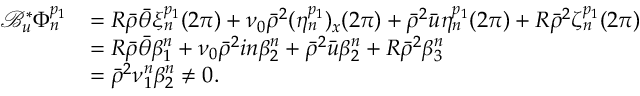
\begin{array} { r l } { \mathcal { B } _ { u } ^ { * } \Phi _ { n } ^ { p _ { 1 } } } & { = R \bar { \rho } \bar { \theta } \xi _ { n } ^ { p _ { 1 } } ( 2 \pi ) + \nu _ { 0 } \bar { \rho } ^ { 2 } ( \eta _ { n } ^ { p _ { 1 } } ) _ { x } ( 2 \pi ) + \bar { \rho } ^ { 2 } \bar { u } \eta _ { n } ^ { p _ { 1 } } ( 2 \pi ) + R \bar { \rho } ^ { 2 } \zeta _ { n } ^ { p _ { 1 } } ( 2 \pi ) } \\ & { = R \bar { \rho } \bar { \theta } \beta _ { 1 } ^ { n } + \nu _ { 0 } \bar { \rho } ^ { 2 } i n \beta _ { 2 } ^ { n } + \bar { \rho } ^ { 2 } \bar { u } \beta _ { 2 } ^ { n } + R \bar { \rho } ^ { 2 } \beta _ { 3 } ^ { n } } \\ & { = \bar { \rho } ^ { 2 } \nu _ { 1 } ^ { n } \beta _ { 2 } ^ { n } \neq 0 . } \end{array}